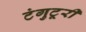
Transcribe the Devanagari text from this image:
टंगुटूरी